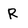
Character: R